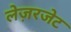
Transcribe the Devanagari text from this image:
लेज़रजेट